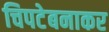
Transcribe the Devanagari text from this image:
चिपटेबनाकर